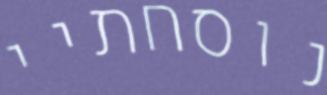
נוסחתיי